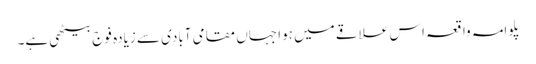
پلوامہ واقعہ اس علاقے میں ہوا جہاں مقامی آبادی سے زیادہ فوج بیٹھی ہے۔